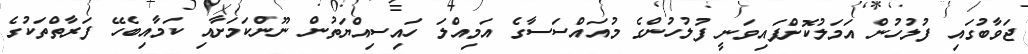
ޖަވާބުގައި ފުލުހުން އަމަލުކޮށްފައިވަނީ ފުލުހުންގެ މުއައްސަސާގެ އަމިއްލަ ހައިސިއްޔަތުން ނޫންކަމަށާއި ކަމާއިބެހޭ ފަރާތްތަކުގެ